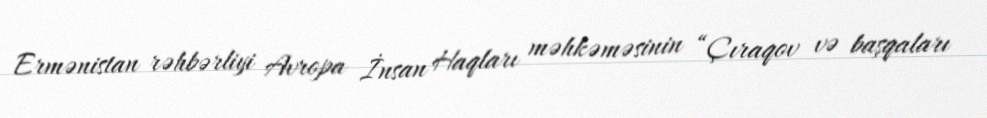
Ermənistan rəhbərliyi Avropa İnsan Haqları məhkəməsinin “Çıraqov və başqaları